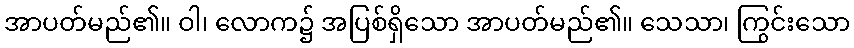
အာပတ်မည်၏။ ဝါ၊ လောက၌ အပြစ်ရှိသော အာပတ်မည်၏။ သေသာ၊ ကြွင်းသော